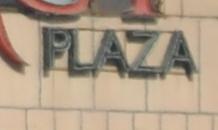
plaza